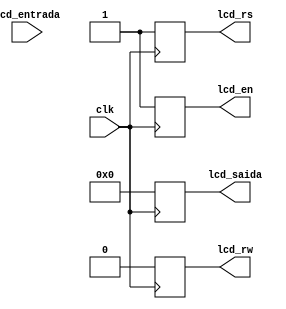
module lcd_controle (
clk,
lcd_rs,
lcd_rw,
lcd_en,
lcd_entrada,
lcd_saida,
);

input clk;
input [7:0] lcd_entrada;
output reg lcd_rs, lcd_rw, lcd_en;
output reg [7:0] lcd_saida;

always @ (posedge clk) begin
	lcd_en <= 1'b1;
	lcd_rw <= 1'b0;
	lcd_rs <= 1'b1;
	lcd_saida[0] = 6'h22;
	lcd_saida[1] = 6'h22;
	lcd_saida[2] = 6'h22;
	lcd_saida[3] = 6'h22;
	lcd_saida[4] = 6'h22;
	lcd_saida[5] = 6'h22;
	lcd_saida[6] = 6'h22;
	lcd_saida[7] = 6'h22;
end

endmodule